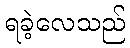
ရခဲ့လေသည်